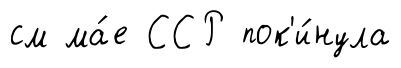
см ма́е ССР пок'и́нула